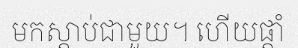
មកស្តាប់ជាមួយ។ ហើយផ្តាំ